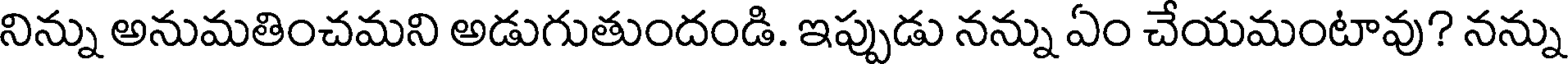
నిన్ను అనుమతించమని అడుగుతుందండి. ఇప్పుడు నన్ను ఏం చేయమంటావు? నన్ను